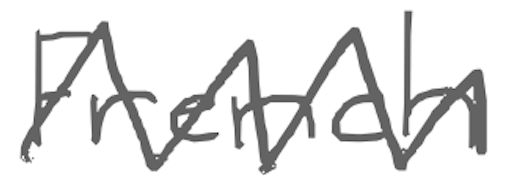
Text: French
Cross-out: zig-zag
Writing tool: digital_gray